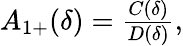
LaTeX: \begin{array}{r}{A_{1+}(\delta)=\frac{C(\delta)}{D(\delta)},}\end{array}